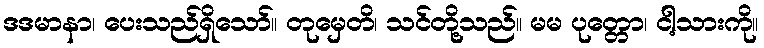
ဒဒမာနာ၊ ပေးသည်ရှိသော်။ တုမှေတိ၊ သင်တို့သည်။ မမ ပုတ္တော၊ ငါ့သားကို။